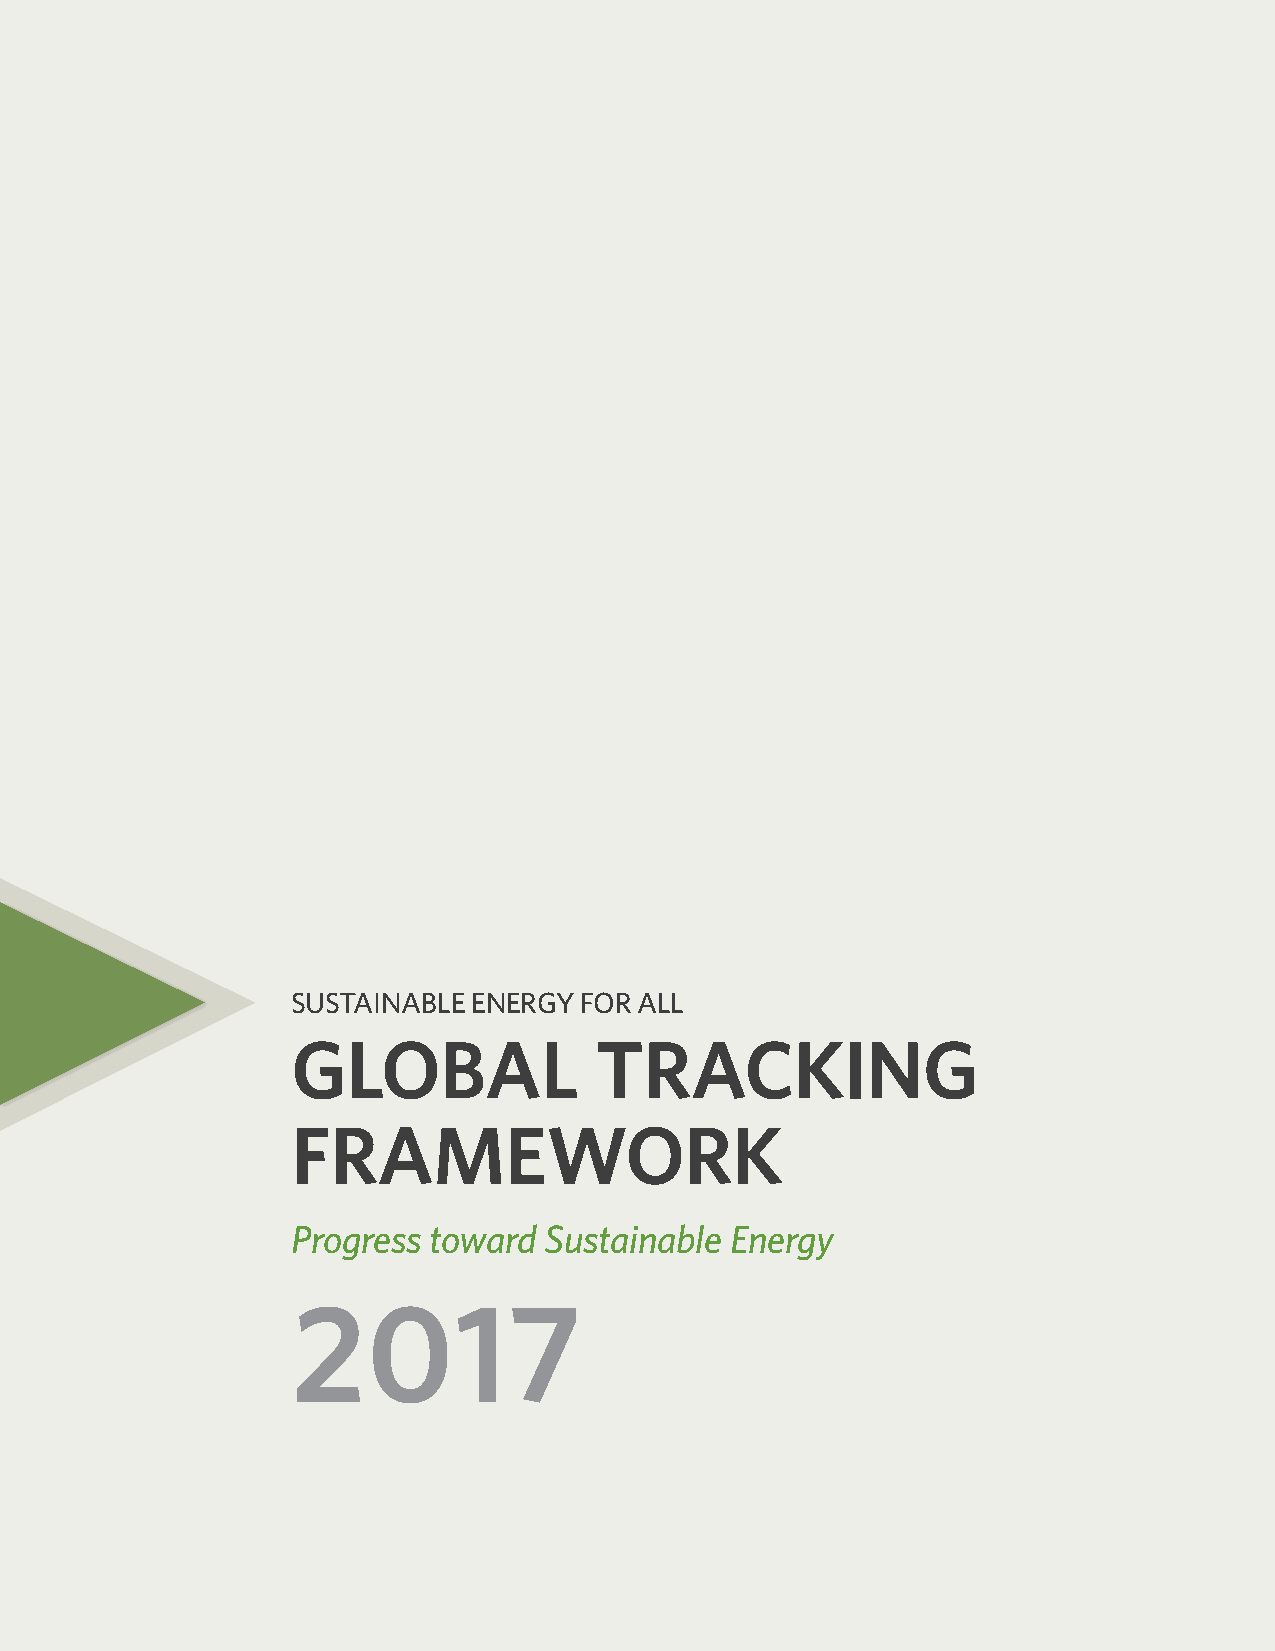
SUSTAINABLE ENERGY FOR ALL
 GLOBAL              TRACKING
 FRAMEWORK
 Progress toward  Sustainable Energy
 2017